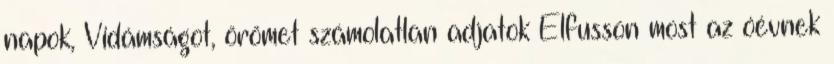
napok, Vidámságot, örömet számolatlan adjatok Elfusson most az óévnek